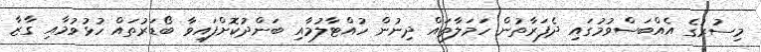
މިސުރުގެ އެއްބަސްވުމުގައި ދެފަރާތުން ހަމަލާތައް ދިނުން ހުއްޓާލުމާއި ބަންދުކޮށްފައިވާ ބޯޑަރުތައް ހުޅުވުމާއި ގާޒާ